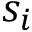
s _ { i }